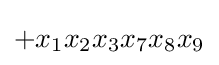
+x_{1}x_{2}x_{3}x_{7}x_{8}x_{9}